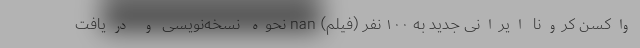
واکسن کرونا ایرانی جدید به ۱۰۰ نفر (فیلم) nan نحوه نسخه‌نویسی و دریافت